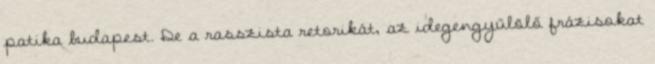
patika budapest. De a rasszista retorikát, az idegengyűlölő frázisokat